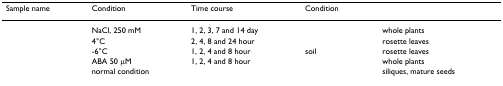
<table><thead><tr><td><b>Sample name</b></td><td><b>Condition</b></td><td><b>Time course</b></td><td><b>Condition</b></td><td>[EMPTY_CELL]</td></tr></thead><tbody><tr><td>[EMPTY_CELL]</td><td>NaCl, 250 mM</td><td>1, 2, 3, 7 and 14 day</td><td>[EMPTY_CELL]</td><td>whole plants</td></tr><tr><td>[EMPTY_CELL]</td><td>4°C</td><td>2, 4, 8 and 24 hour</td><td>[EMPTY_CELL]</td><td>rosette leaves</td></tr><tr><td>[EMPTY_CELL]</td><td>-6°C</td><td>1, 2, 4 and 8 hour</td><td>soil</td><td>rosette leaves</td></tr><tr><td>[EMPTY_CELL]</td><td>ABA 50 μM</td><td>1, 2, 4 and 8 hour</td><td>[EMPTY_CELL]</td><td>whole plants</td></tr><tr><td>[EMPTY_CELL]</td><td>normal condition</td><td>[EMPTY_CELL]</td><td>[EMPTY_CELL]</td><td>siliques, mature seeds</td></tr></tbody></table>